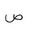
Letter: _sad